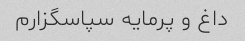
داغ و پرمایه سپاسگزارم